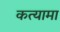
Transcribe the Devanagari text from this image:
कत्यामा